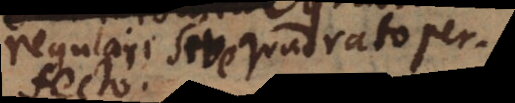
regulari seu quadrato S.